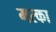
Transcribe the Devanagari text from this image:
मरका